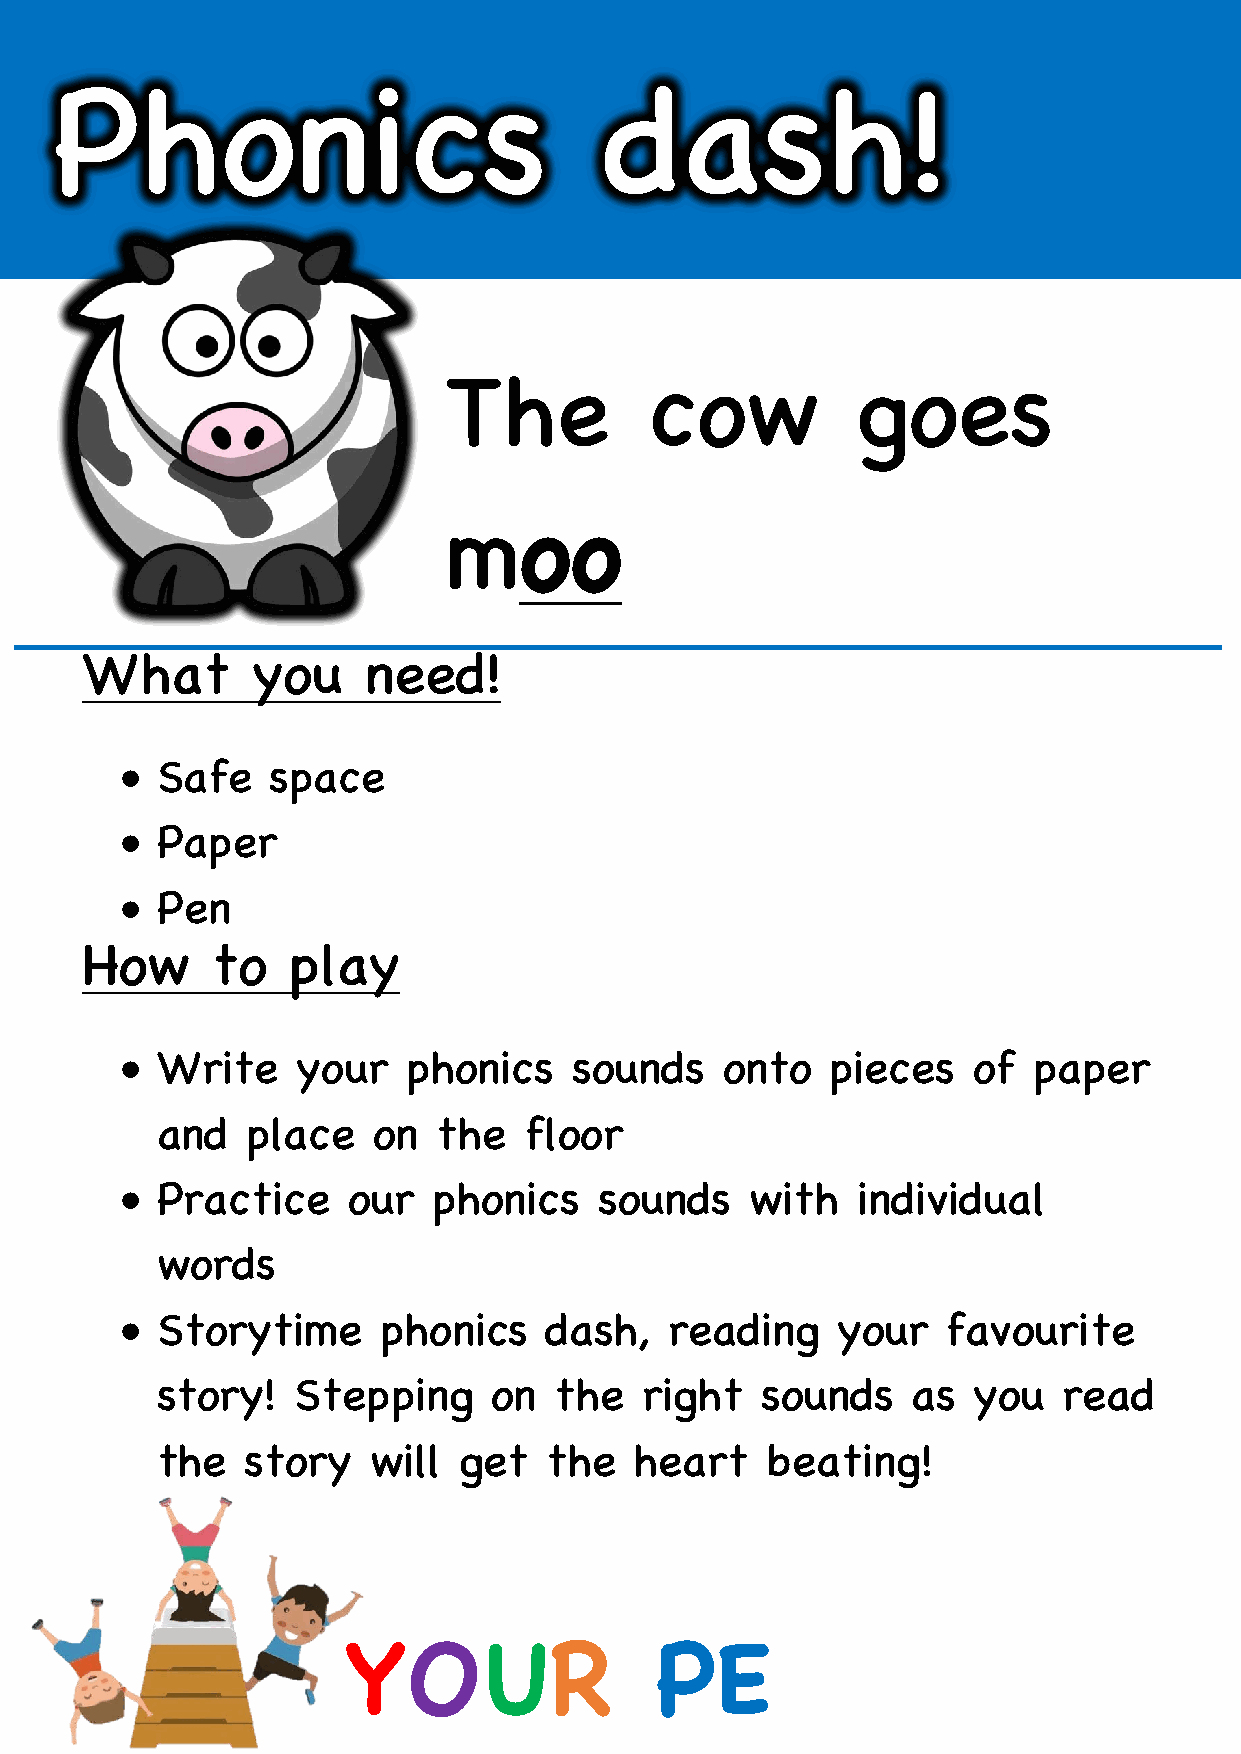
Phonics                              dash!
 The           cow           goes
 moo
 What        you    need!
 • Safe    space
 • Paper
 • Pen
 How      to   play
 • Write     your   phonics    sounds    onto   pieces   of  paper
 and   place    on  the   floor
 • Practice     our   phonics    sounds    with   individual
 words
 • Storytime      phonics    dash,   reading    your    favourite
 story!   Stepping      on  the  right   sounds    as  you   read
 the   story   will  get   the   heart    beating!
 YOUR                PE